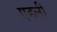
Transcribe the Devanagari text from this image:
एहली